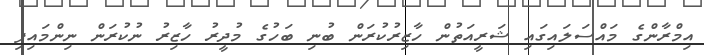
އިމްރާންގެ މައްސަލައިގައި ޝަރީއަތުން ހާޒިރުކުރަން ބުނި ބަހުގެ މުދީރު ހާޒިރު ނުކުރަން ނިންމައިިފި